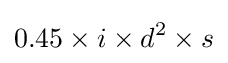
0.45\times i\times d^{2}\times s